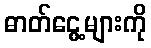
ဓာတ်ငွေ့များကို